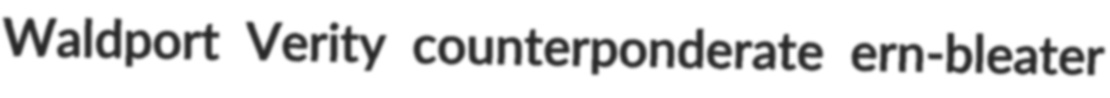
Waldport Verity counterponderate ern-bleater